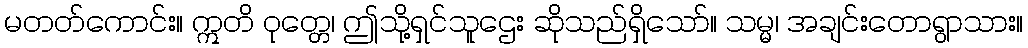
မတတ်ကောင်း။ ဣတိ ဝုတ္တေ၊ ဤသို့ရှင်သူဌေး ဆိုသည်ရှိသော်။ သမ္မ၊ အချင်းတောရွာသား။